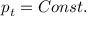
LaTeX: p _ { t } = C o n s t .